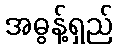
အဓွန့်ရှည်